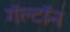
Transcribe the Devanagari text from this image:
गॅल्टॉन